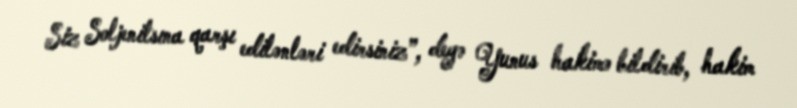
Siz Soljenitsına qarşı edilənləri edirsiniz”, deyə Yunus hakimə bildirib, hakim